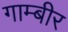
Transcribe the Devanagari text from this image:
गाम्बीर